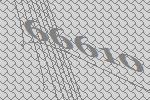
66610